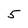
Character: 5